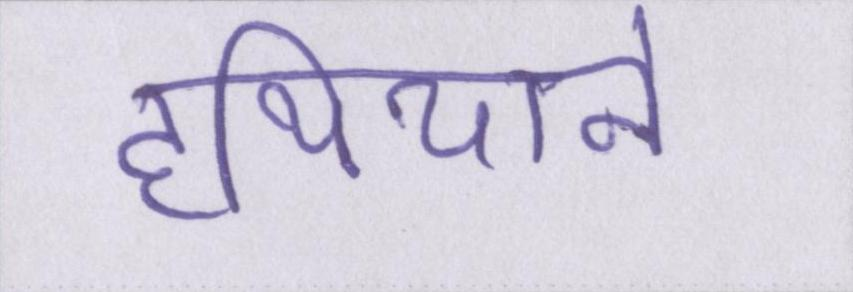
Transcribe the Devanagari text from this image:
हथियाने